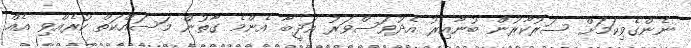
ނެންގެވިކަމަށް ސަރުކާރުން ބުނާއިރު އެދުވަސްވަރު އަދީބާ އެންމެ ގާތުން މަސައްކަތް ކުރެއްވި އެއް